Annual administration report of the Civil Veterinary Department of India - 1895-1896
Year: 1895
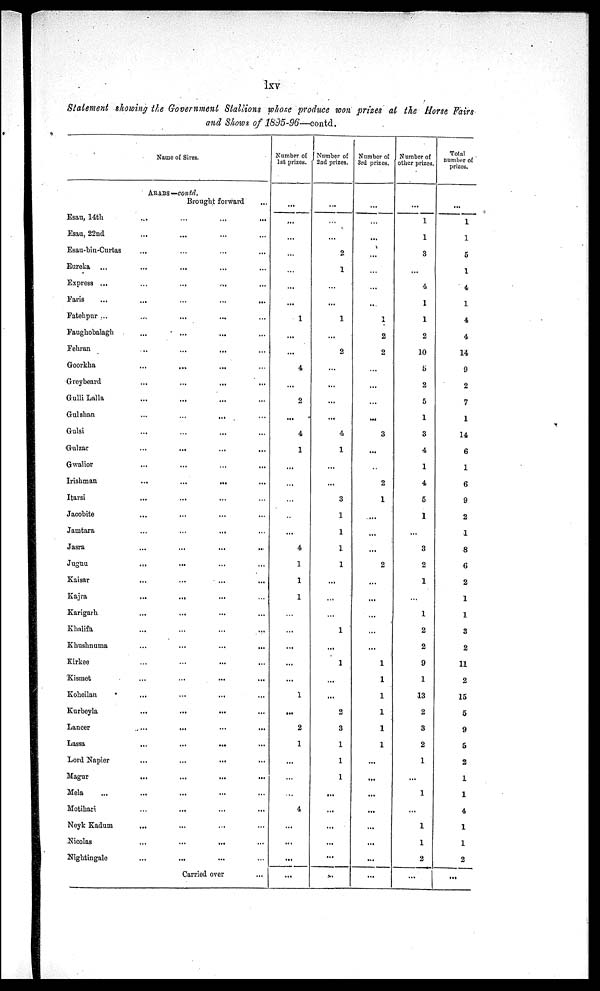
lxv
Statement showing the Government Stallions whose produce won prizes at the Horse Fairs
and Shows of 1895-96—contd.
Name of Sires.
ARABS —contd.
Brought forward...
Esau, 14th
...
...
...
...
Esau, 22nd
...
...
... ...
Esau-bin-Curtas
...
...
...
...
Eureka
...
... ... ...
Express
...
...
...
...
...
Faris
...
...
...
...
...
Fatehpur ...
...
...
...
Faughobalagh
...
...
...
...
Fehran
...
...
...
...
Goorkha
...
...
...
Greybeard
...
...
...
...
Gulli Lalla...
...
...
...
Gulshan
...
...
...
Gulsi
...
...
...
...
Gulzar
...
...
...
...
Gwalior
...
...
...
...
Irishman
...
...
......
Itarsi
...
...
... ...
Jacobite
...
...
... ...
Jamtara
...
...
...
...
Jasra
...
......
...
Jugnu
...
...
...
...
Kaisar
...
...
...
...
Kajra
...
...
... ...
Karigarh
...
...
...
...
Khalifa
...
...
...
...
Khushnuma
...
...
...
...
Kirkee
...
...
...
...
Kismet
...
...
.....
Koheilan
...
...
...
...
Kurbeyla
...
...
...
...
Lancer
...
...
...
...
Lassa
...
...
...
...
Lord Napier
...
...
...
...
Magur
...
...
...
...
Mela
...
...
...
...
Motihari
...
...
...
...
Neyk Kadum
...
...
... ...
Nicolas
...
...
...
...
Nightingale
...
...
... ...
Carried over
...
Number of
1st prizes.
...
...
...
...
...
...
...
1
...
...
4
...
2
...
4
1
...
...
...
...
...
4
1
1
1
...
...
...
...
...
1
...
2
1
...
...
...
4
...
......
...
...
Number of
2nd prizes.
...
...
...
2
1
...
...
1
... ...
2
...
...
...
...
4
1
...
...
3
1
1
1
1
...
...
...
1
...
1
...
...
2
3
1
1
1
...
...
...
...
...
...
Number of
3rd prizes.
...
...
...
...
...
...
...
1
2
2
......
...
...
...
3
...
...
2
1
...
...
...
2
...
...
...
...
...
...
...
...
...
...
...
...
...
...
...
...
...
...
Number of
other prizes.
...
1
1
3
...
4
1
1
2
10
5
2
5
1
3
4
1
4
5
1
...
3
2
1
...
1
2
2
9
1
13
2
3
2
1
...
1
...
1
1
2
...
Total
number of
prizes.
...
1
1
5
1
4
1
4
4
14
9
2
7
1
14
6
1
6
9
2
1
8
6
2
1
1
3
2
11
2
15
5
9
5
2
1
1
4
1
1
2
...